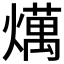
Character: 燤